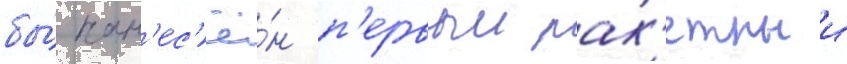
бы́ нан'ес'ё́н п'ервыи рак'етныи